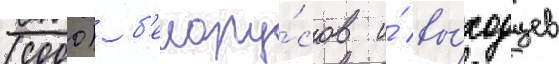
(сооо) б'елору́сов и́ вы́ходцев